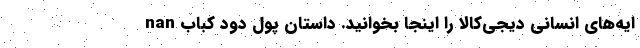
ایه‌های انسانی دیجی‌کالا را اینجا بخوانید. داستان پول دود کباب nan